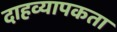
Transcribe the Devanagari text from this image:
दाहव्यापकता